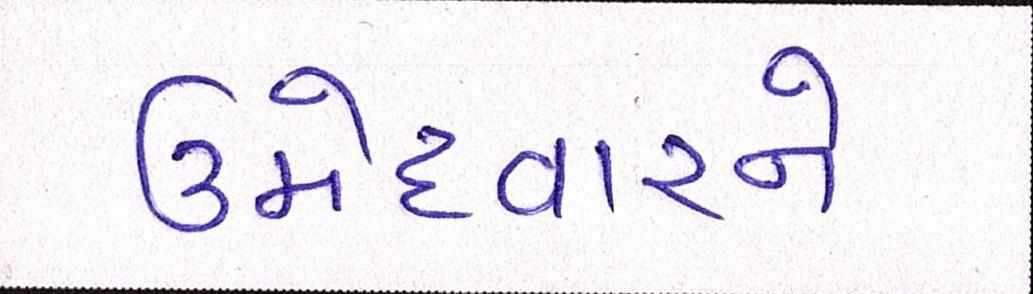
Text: ઉમેદવારને